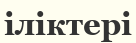
іліктері